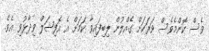
ވެސް ކޮންމެވެސް ވަރަކަށް ގެއްލުން ލިބިފައިވާ ކަމަށް އެ އޮފިޝަލް ވިދާޅުވި އެވެ.